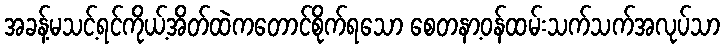
အခန့်မသင့်ရင်ကိုယ့်အိတ်ထဲကတောင်စိုက်ရသော စေတနာ့ဝန်ထမ်းသက်သက်အလုပ်သာ